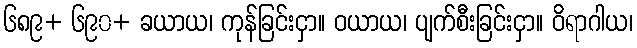
၆၈၉+ ၆၉၀+ ခယာယ၊ ကုန်ခြင်းငှာ။ ဝယာယ၊ ပျက်စီးခြင်းငှာ။ ဝိရာဂါယ၊